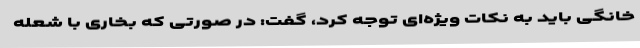
خانگی باید به نکات ویژه‌ای توجه کرد، گفت: در صورتی که بخاری با شعله